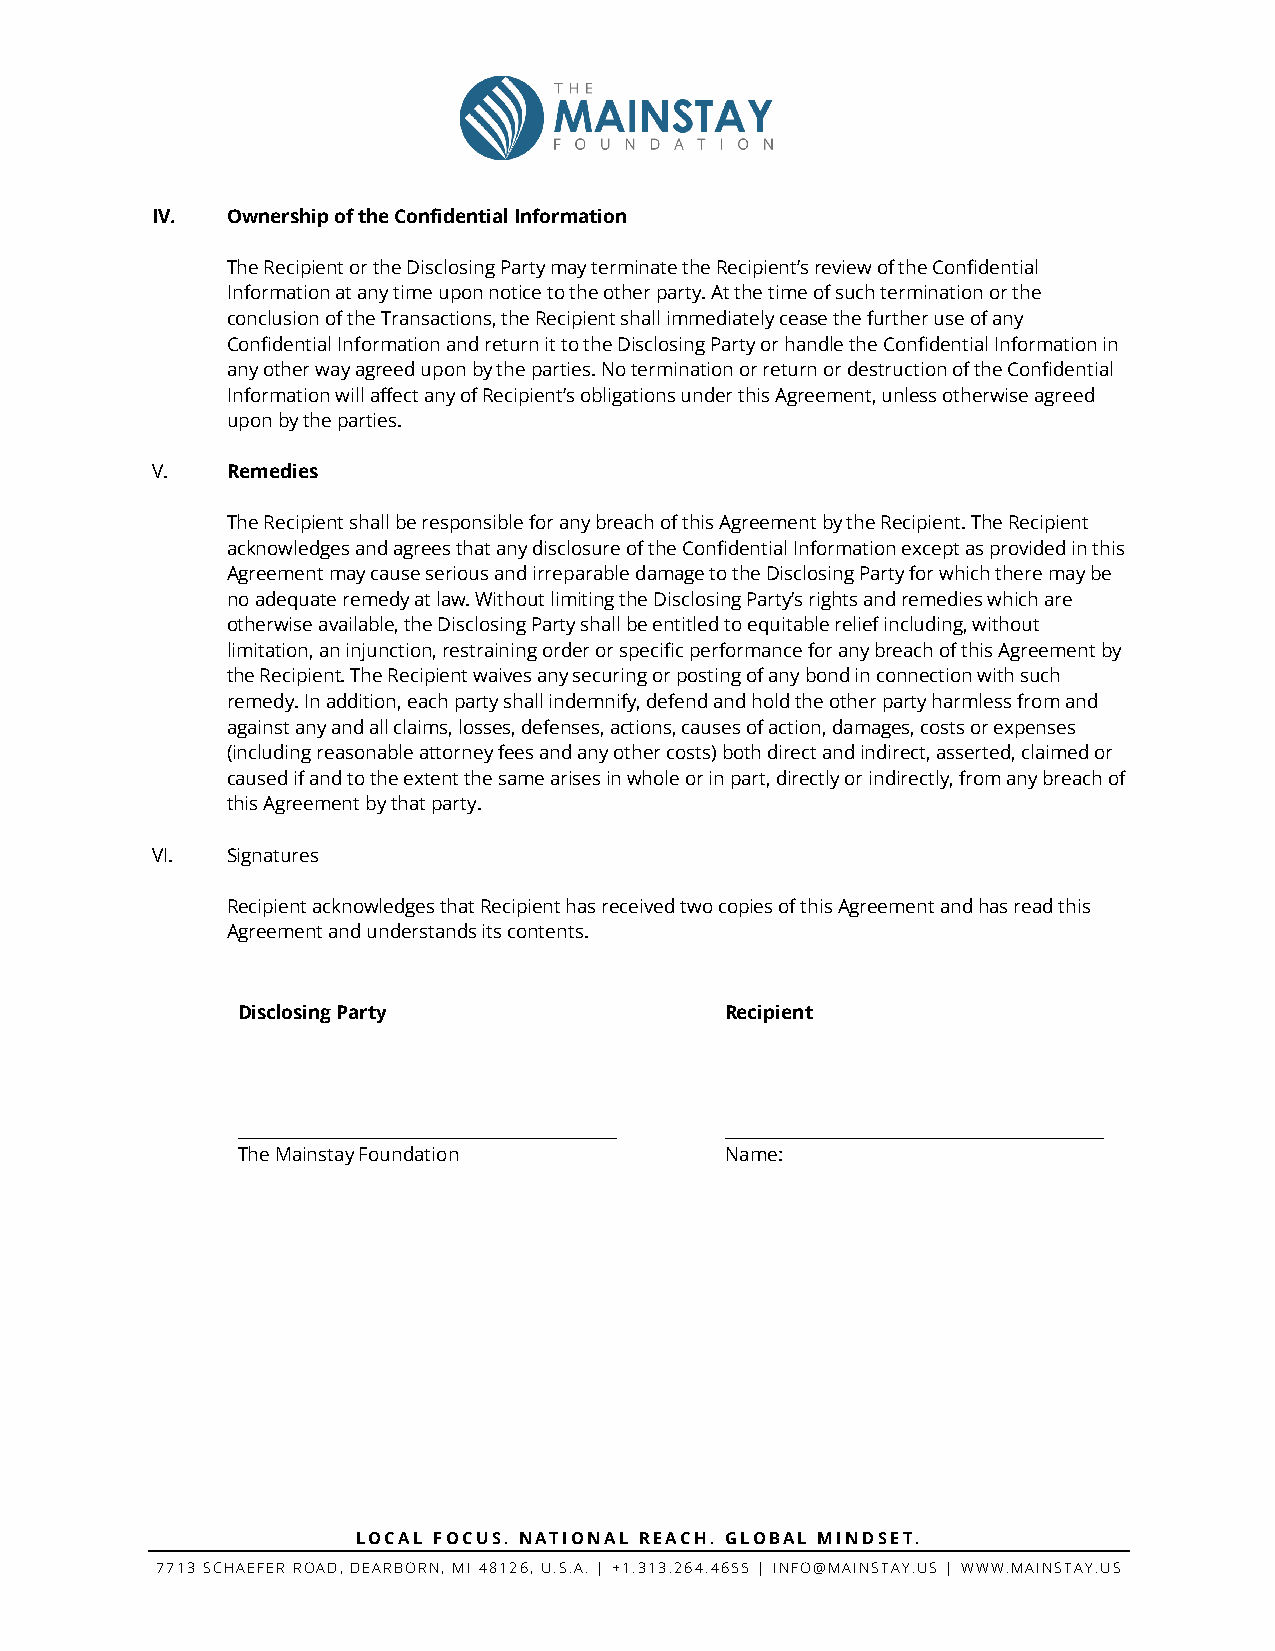
IV.  Ownership of the Confidential Information
 The Recipient or the Disclosing Party may terminate the Recipient’s review of the Confidential
 Information at any time upon notice to the other party. At the time of such termination or the
 conclusion of the Transactions, the Recipient shall immediately cease the further use of any
 Confidential Information and return it to the Disclosing Party or handle the Confidential Information in
 any other way agreed upon by the parties. No termination or return or destruction of the Confidential
 Information will affect any of Recipient’s obligations under this Agreement, unless otherwise agreed
 upon by the parties.
 V.   Remedies
 The Recipient shall be responsible for any breach of this Agreement by the Recipient. The Recipient
 acknowledges and agrees that any disclosure of the Confidential Information except as provided in this
 Agreement may cause serious and irreparable damage to the Disclosing Party for which there may be
 no adequate remedy at law. Without limiting the Disclosing Party’s rights and remedies which are
 otherwise available, the Disclosing Party shall be entitled to equitable relief including, without
 limitation, an injunction, restraining order or specific performance for any breach of this Agreement by
 the Recipient. The Recipient waives any securing or posting of any bond in connection with such
 remedy. In addition, each party shall indemnify, defend and hold the other party harmless from and
 against any and all claims, losses, defenses, actions, causes of action, damages, costs or expenses
 (including reasonable attorney fees and any other costs) both direct and indirect, asserted, claimed or
 caused if and to the extent the same arises in whole or in part, directly or indirectly, from any breach of
 this Agreement by that party.
 VI.  Signatures
 Recipient acknowledges that Recipient has received two copies of this Agreement and has read this
 Agreement and understands its contents.
 Disclosing Party                Recipient
 _____________________________________________ _____________________________________________
 The Mainstay Foundation         Name:
 LOCAL FOCUS. NATIONAL REACH. GLOBAL MINDSET.
 7713 SCHAEFER ROAD, DEARBORN, MI 48126, U.S.A. | +1.313.264.4655 | INFO@MAINSTAY.US | WWW.MAINSTAY.US